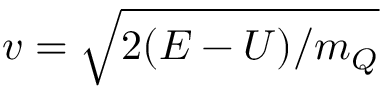
v = \sqrt { 2 ( E - U ) / m _ { Q } }